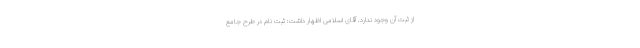
از ثبت آن وجود ندارد. آقای اسلامی اظهار داشت: ثبت نام در طرح جامع